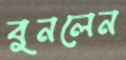
বুনলেন